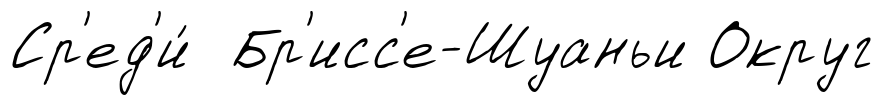
Ср'ед'и́ Бр'исс'е-Шуаньи Округ